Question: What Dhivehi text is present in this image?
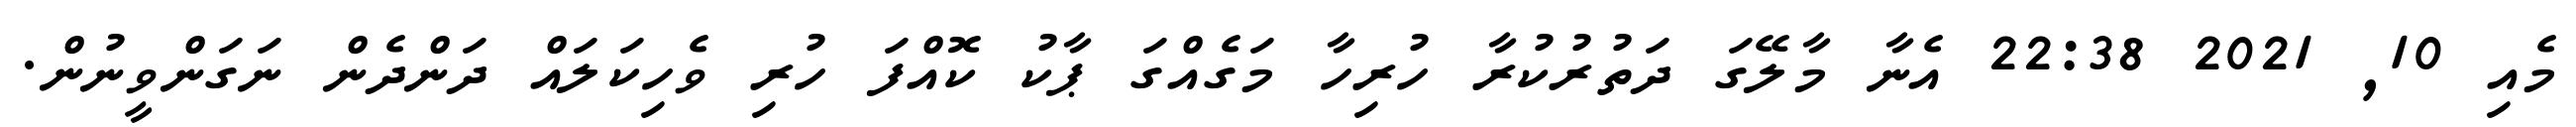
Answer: މެއި 10, 2021 22:38 އެނާ މާލޭގަ ދަތުރުކުރާ ހުރިހާ މަގެއްގަ ޕާކު ކޮއްފަ ހުރި ވެހިކަލައް ދަންދެން ނަގަންވީނުން.